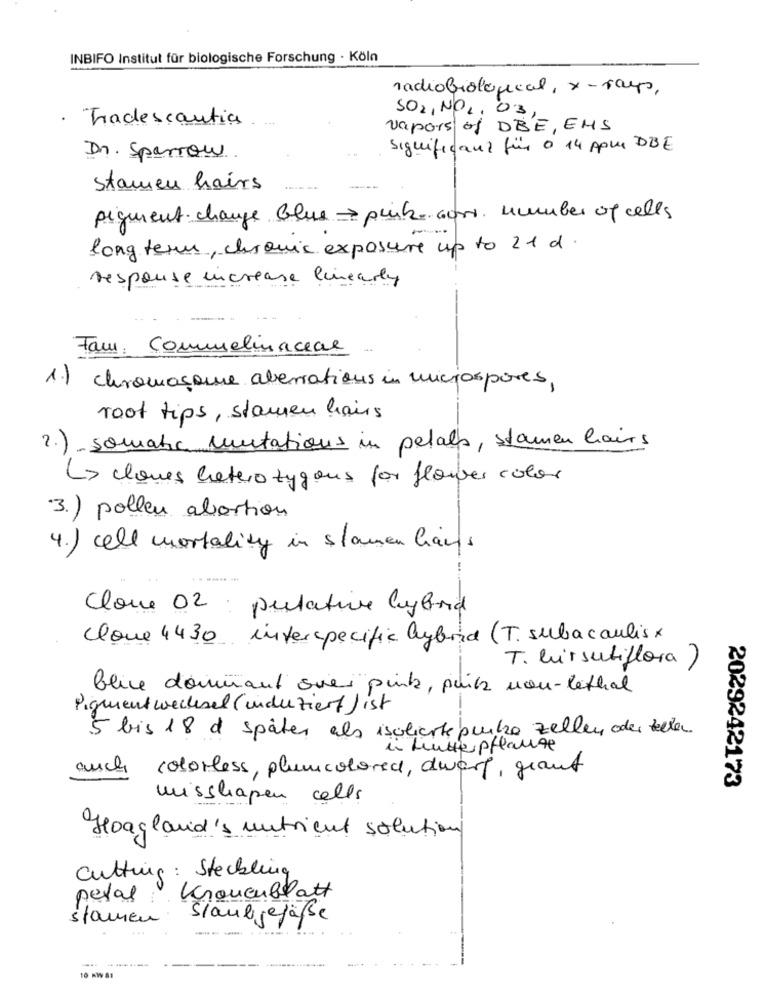
INBIFO Institut für biologische Forschung - Köln
radiobiological, x- rays,
SOLINO2.03
· Tradescantia
vapors of DBE, EMS
significant für o 14 Apu DBE
Dr. Sparrow
Stamen hairs
pigment change Glue & pink- cons. number of cells
long term, chronic exposure up to 21 d.
response increase linearly
Fam. Commelinacial
1.) chromosome aberrations in microspores,
root tips , stamen hairs
2.) somatic mutations in petals, stamen hairs
La claues hetero zygous for flower color
3.) pollen abortion
4.) cell mortality in stomen hans
Cloue 02 : prelative hybrid
Cloue 4430 interspecific hybrid (T. subacaulisx
T. hirsutiflora )
blice dominant suer pink, puits non-lethal
Pigmentwechsel (induziert ) ist
5 bis 18 d später als isolierte bunke zellen oder teten
in Lince pflanze
auch
colorless, plumcolored, dwarf, grant
2029242173
mischapen cells
Hoagland's nutrient solution
Cutting : Steckling
petal Kronenblatt
stamen.
Staubgefäße
--
....
10 MW S1